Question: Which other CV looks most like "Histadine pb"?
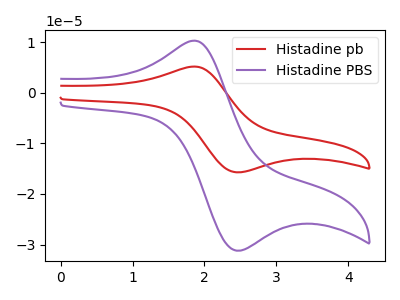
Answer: <think>The red curve "Histadine pb" has an anodic peak at (1.85V, 5.20uA) and a cathodic peak at (2.50V, -15.70uA). The purple curve "Histadine PBS" has an anodic peak at (1.85V, 10.30uA) and a cathodic peak at (2.50V, -31.20uA).
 All the peaks in "Histadine pb" have a peak in "Histadine PBS" at the same potential. Every peak in "Histadine pb" is lower than every peak in "Histadine PBS".</think>
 <answer>The CV with the most similar shape to "Histadine PBS" is "Histadine pb".</answer>
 <eval>"Histadine pb"</eval>